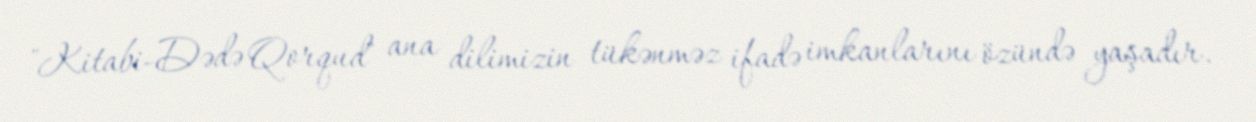
"Kitabi-Dədə Qorqud" ana dilimizin tükənməz ifadə imkanlarını özündə yaşadır.